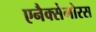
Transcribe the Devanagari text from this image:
एनैक्सेगोरस